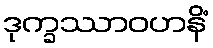
ဒုက္ခဿာဝဟနိံ